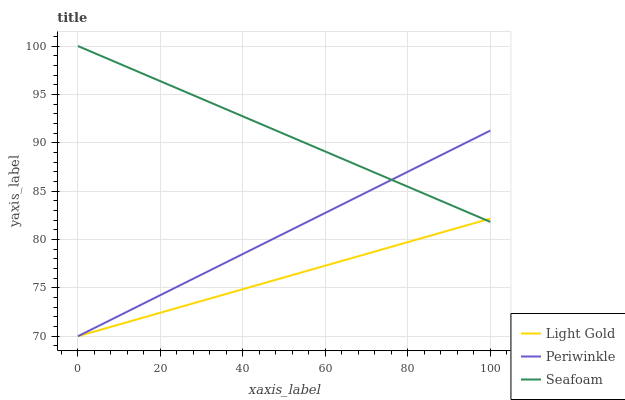
| xaxis_label | Light Gold | Periwinkle | Seafoam |
 | --- | --- | --- | --- |
 | 0 | 70 | 70 | 100 |
 | 7.14 | 70.9 | 71.5 | 98.7 |
 | 14.3 | 71.7 | 73 | 97.4 |
 | 21.4 | 72.6 | 74.6 | 96.1 |
 | 28.6 | 73.5 | 76.1 | 94.8 |
 | 35.7 | 74.3 | 77.6 | 93.5 |
 | 42.9 | 75.2 | 79.1 | 92.2 |
 | 50 | 76.1 | 80.6 | 90.9 |
 | 57.1 | 76.9 | 82.1 | 89.6 |
 | 64.3 | 77.8 | 83.7 | 88.3 |
 | 71.4 | 78.7 | 85.2 | 87 |
 | 78.6 | 79.6 | 86.7 | 85.7 |
 | 85.7 | 80.4 | 88.2 | 84.4 |
 | 92.9 | 81.3 | 89.7 | 83.1 |
 | 100 | 82.2 | 91.3 | 81.8 |